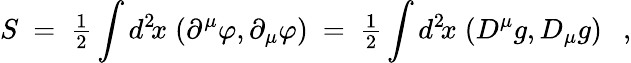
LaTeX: S~=~{\textstyle{\frac{1}{2}}}\int d^{2}\! x\; (\partial^{\mu}\varphi,\partial_{\mu}\varphi)~=~{\textstyle{\frac{1}{2}}}\int d^{2}\! x\; (D^{\mu}g,D_{\mu}g)~~~,